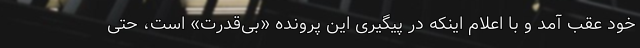
خود عقب آمد و با اعلام اینکه در پیگیری این پرونده «بی‌قدرت» است، حتی